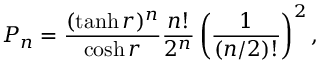
P _ { n } = \frac { ( \operatorname { t a n h } r ) ^ { n } } { \cosh r } \frac { n ! } { 2 ^ { n } } \left( \frac { 1 } { ( n / 2 ) ! } \right) ^ { 2 } ,